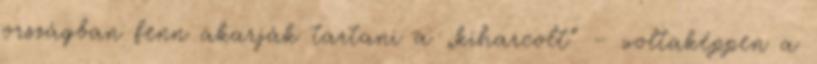
országban fenn akarják tartani a „kiharcolt” – voltaképpen a